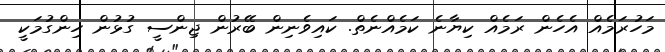
މަހުރަމެއް އެހެން ރަމެއް ކިޔާނެ ކަމެއްނެތް. ކައިވެނިން ބޭރުން ޖިންސީ ގުޅުން ހިންގުމަކީ